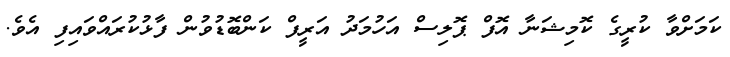
ކަމަށްވާ ކުރީގެ ކޮމިޝަނާ އޮފް ޕޮލިސް އަހުމަދު އަރީފް ކަންބޮޑުވުން ފާޅުކުރައްވައިފި އެވެ.